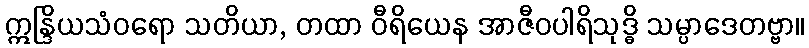
ဣန္ဒြိယသံဝရော သတိယာ, တထာ ဝီရိယေန အာဇီဝပါရိသုဒ္ဓိ သမ္ပာဒေတဗ္ဗာ။